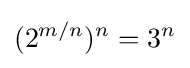
(2^{m/n})^{n}=3^{n}